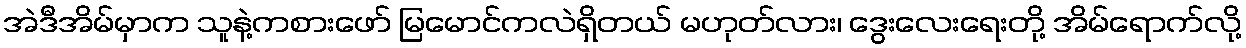
အဲဒီအိမ်မှာက သူနဲ့ကစားဖော် မြမောင်ကလဲရှိတယ် မဟုတ်လား၊ ဒွေးလေးရေးတို့ အိမ်ရောက်လို့